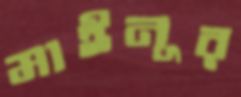
মাইনূর